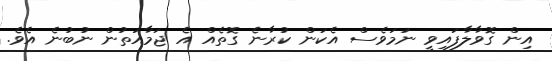
އިން ގޮވާލާފައިވީ ނަމަވެސް އެކަން ކުރާނެ ގޮތެއް އެ ޖަމާއަތުން ނުބުނެ އެވެ.